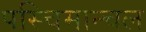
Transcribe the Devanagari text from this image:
पस्चिमान्चल